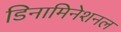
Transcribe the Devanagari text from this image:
डिनामिनेशनल